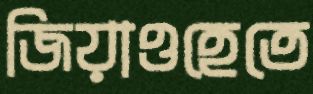
জিয়াওহেতে